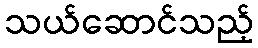
သယ်ဆောင်သည့်